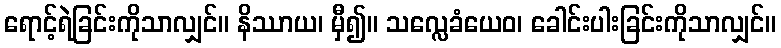
ရောင့်ရဲခြင်းကိုသာလျှင်။ နိဿာယ၊ မှီ၍။ သလ္လေခံယေဝ၊ ခေါင်းပါးခြင်းကိုသာလျှင်။